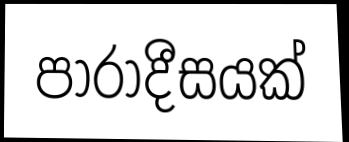
පාරාදීසයක්